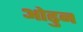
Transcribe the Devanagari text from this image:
ओढुन